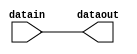
module fpga_interconnect_1(
    input datain,
    output dataout
);
    assign dataout = datain;
endmodule